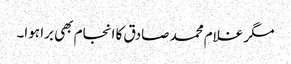
مگر غلام محمد صادق کا انجام بھی برا ہوا۔